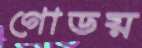
গোডয়